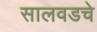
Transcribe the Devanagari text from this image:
सालवडचे